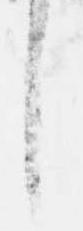
し